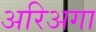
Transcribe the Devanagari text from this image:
अरिअगा